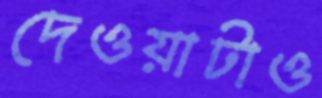
দেওয়াটাও